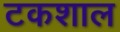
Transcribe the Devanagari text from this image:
टकशाल